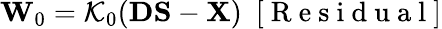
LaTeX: {\mathbf W}_{0}={\cal K}_{0}({\mathbf D}{\mathbf S}-{\mathbf X})~~[\mathrm{~R~e~s~i~d~u~a~l~}]